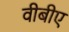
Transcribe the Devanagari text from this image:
वीबीए